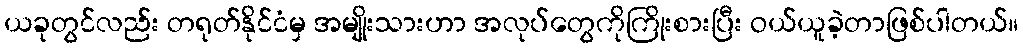
ယခုတွင်လည်း တရုတ်နိုင်ငံမှ အမျိုးသားဟာ အလုပ်တွေကိုကြိုးစားပြီး ဝယ်ယူခဲ့တာဖြစ်ပါတယ်။